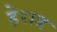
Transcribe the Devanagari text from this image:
हेराड